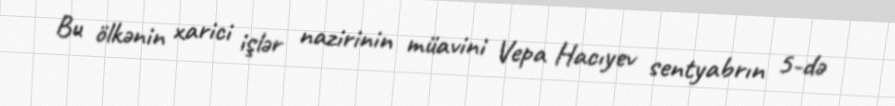
Bu ölkənin xarici işlər nazirinin müavini Vepa Hacıyev sentyabrın 5-də